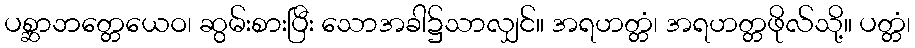
ပစ္ဆာဘတ္တေယေဝ၊ ဆွမ်းစားပြီး သောအခါ၌သာလျှင်။ အရဟတ္တံ၊ အရဟတ္တဖိုလ်သို့။ ပတ္တံ၊